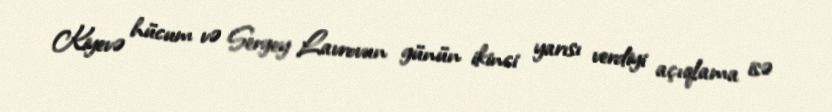
Kiyevə hücum və Sergey Lavrovun günün ikinci yarısı verdiyi açıqlama isə